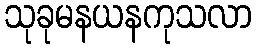
သုခုမနယနကုသလာ